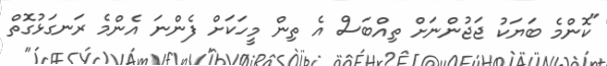
"ކޮންމެ ބަޔަކު ޖަޖުންނަށް ތިއްބަސް އެ ތިން މީހަކަށް ފެންނަ އެންމެ ރަނގަޅުގޮތް